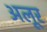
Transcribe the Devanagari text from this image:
अलूर